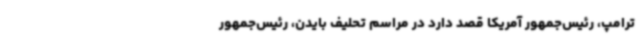
ترامپ، رئیس‌جمهور آمریکا قصد دارد در مراسم تحلیف بایدن، رئیس‌جمهور